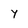
Character: y